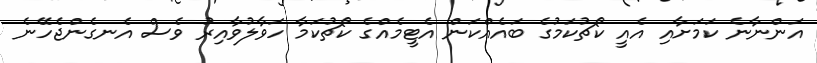
އަންނާނެ ކަމަށާއި އެއީ ކޯޗުކަމުގެ ބައެއްކަން އެޓީމެއްގެ ކޯޗުކަމާ ހަވާލުވާއިރު ވެސް އެނގެންޖެހޭނެ